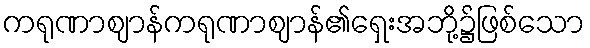
ကရုဏာဈာန်ကရုဏာဈာန်၏ရှေးအဘို့၌ဖြစ်သော